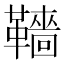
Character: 𩍙